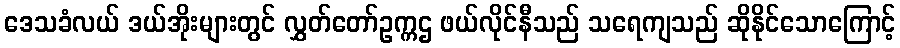
ဒေသခံလယ် ဒယ်အိုးများတွင် လွှတ်တော်ဥက္ကဌ ဖယ်လိုင်နီသည် သရေကျသည် ဆိုနိုင်သောကြောင့်